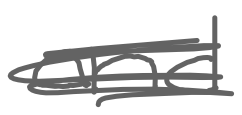
Text: and
Cross-out: scratch
Writing tool: digital_gray